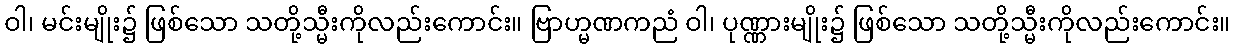
ဝါ၊ မင်းမျိုး၌ ဖြစ်သော သတို့သ္မီးကိုလည်းကောင်း။ ဗြာဟ္မဏကညံ ဝါ၊ ပုဏ္ဏားမျိုး၌ ဖြစ်သော သတို့သ္မီးကိုလည်းကောင်း။